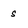
Character: s